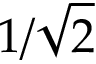
1 / { \sqrt { 2 } }